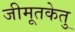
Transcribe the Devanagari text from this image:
जीमूतकेतु